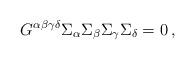
LaTeX: \begin{align*}G^{\alpha\beta\gamma\delta}\Sigma_\alpha\Sigma_\beta\Sigma_\gamma\Sigma_\delta=0 \, , \end{align*}